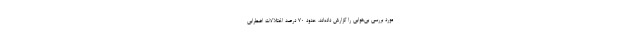
مورد بررسی بی‌هوابی را گزارش داده‌اند، حدود ۷۰ درصد اختلالات اضطرابی